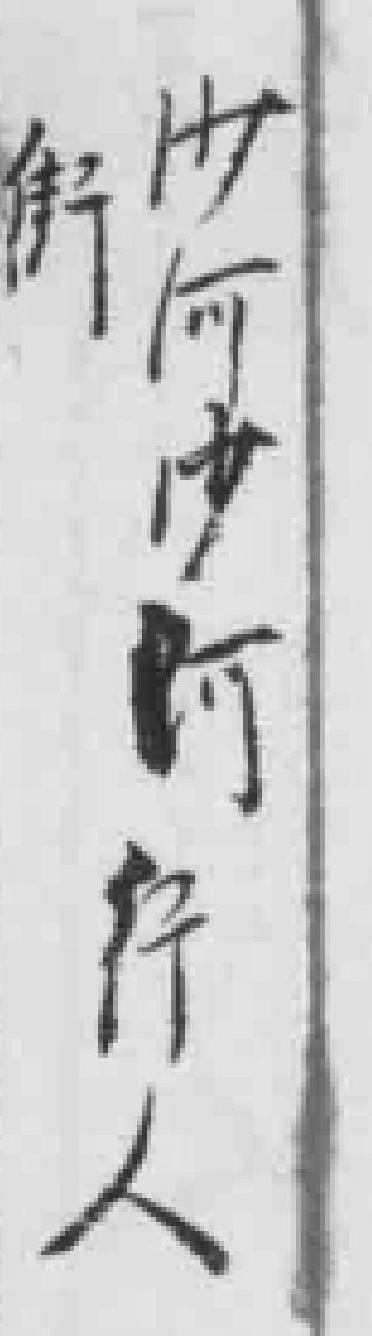
沙河沙河行人